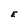
Character: E